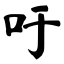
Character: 吁